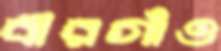
বীরগাঁও